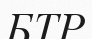
БТР